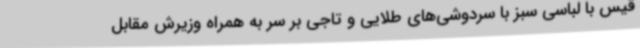
قیس با لباسی سبز با سردوشی‌های طلایی و تاجی بر سر به همراه وزیرش مقابل